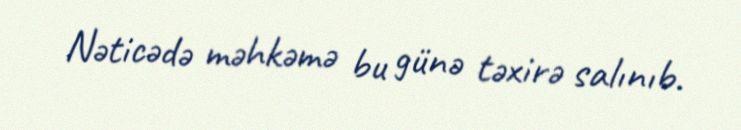
Nəticədə məhkəmə bu günə təxirə salınıb.